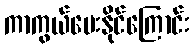
ကာကွယ်ပေးနိုင်ကြောင်း